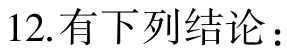
12. 有下列结论：